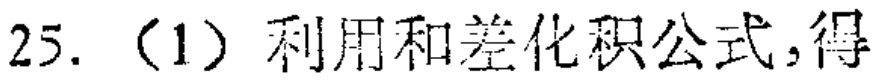
25.（1）利用和差化积公式，得